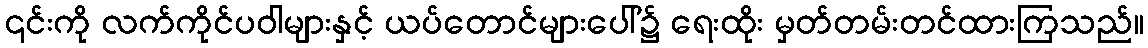
၎င်းကို လက်ကိုင်ပဝါများနှင့် ယပ်တောင်များပေါ်၌ ရေးထိုး မှတ်တမ်းတင်ထားကြသည်။